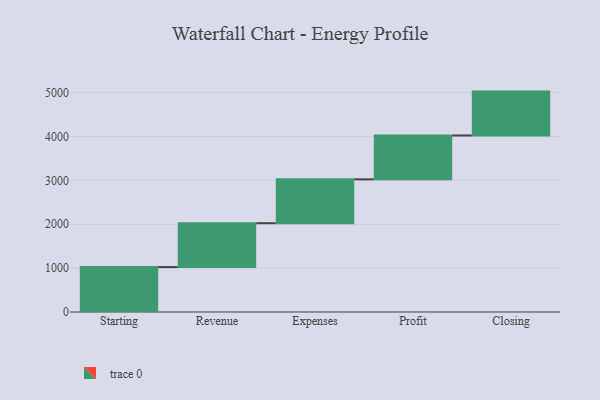
{"axis": {"x": "Step", "y": "Value"}, "legend": [""], "data": [{"x": "Starting", "y": 1024.0, "type": ""}, {"x": "Revenue", "y": 1000, "type": ""}, {"x": "Expenses", "y": 1000, "type": ""}, {"x": "Profit", "y": 1000, "type": ""}, {"x": "Closing", "y": 1000, "type": ""}]}